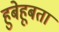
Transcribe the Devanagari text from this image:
हुबेहूबता